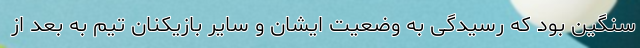
سنگین بود که رسیدگی به وضعیت ایشان و سایر بازیکنان تیم به بعد از